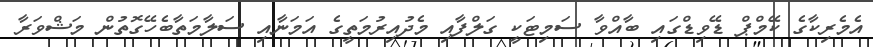
އެމެރިކާގެ ކޭމްޕް ޑޭވިޑްގައި ބާއްވާ ސަމިޓަކީ ގަލްފާއި މެދުއިރުމަތީގެ އަމަނާއި ސަލާމަތާބެހޭގޮތުން މަޝްވަރާ